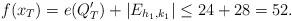
LaTeX: \begin{align*}f(x_T)= e(Q'_{T})+|E_{h_1,k_1}|\le 24+28=52.\end{align*}